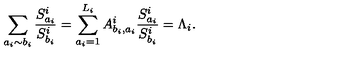
\sum _ { a _ { i } \sim b _ { i } } \frac { S _ { a _ { i } } ^ { i } } { S _ { b _ { i } } ^ { i } } = \sum _ { a _ { i } = 1 } ^ { L _ { i } } A _ { b _ { i } , a _ { i } } ^ { i } \frac { S _ { a _ { i } } ^ { i } } { S _ { b _ { i } } ^ { i } } = \Lambda _ { i } .